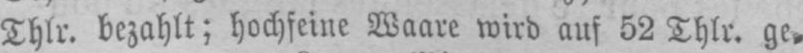
Thlr. bezahlt; hochfeine Waare wird auf 52 Thlr. ge⸗